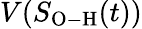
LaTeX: V(S_{\mathrm{O-H}}(t))